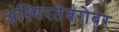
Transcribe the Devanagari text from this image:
अस्थिरतेबरोबर